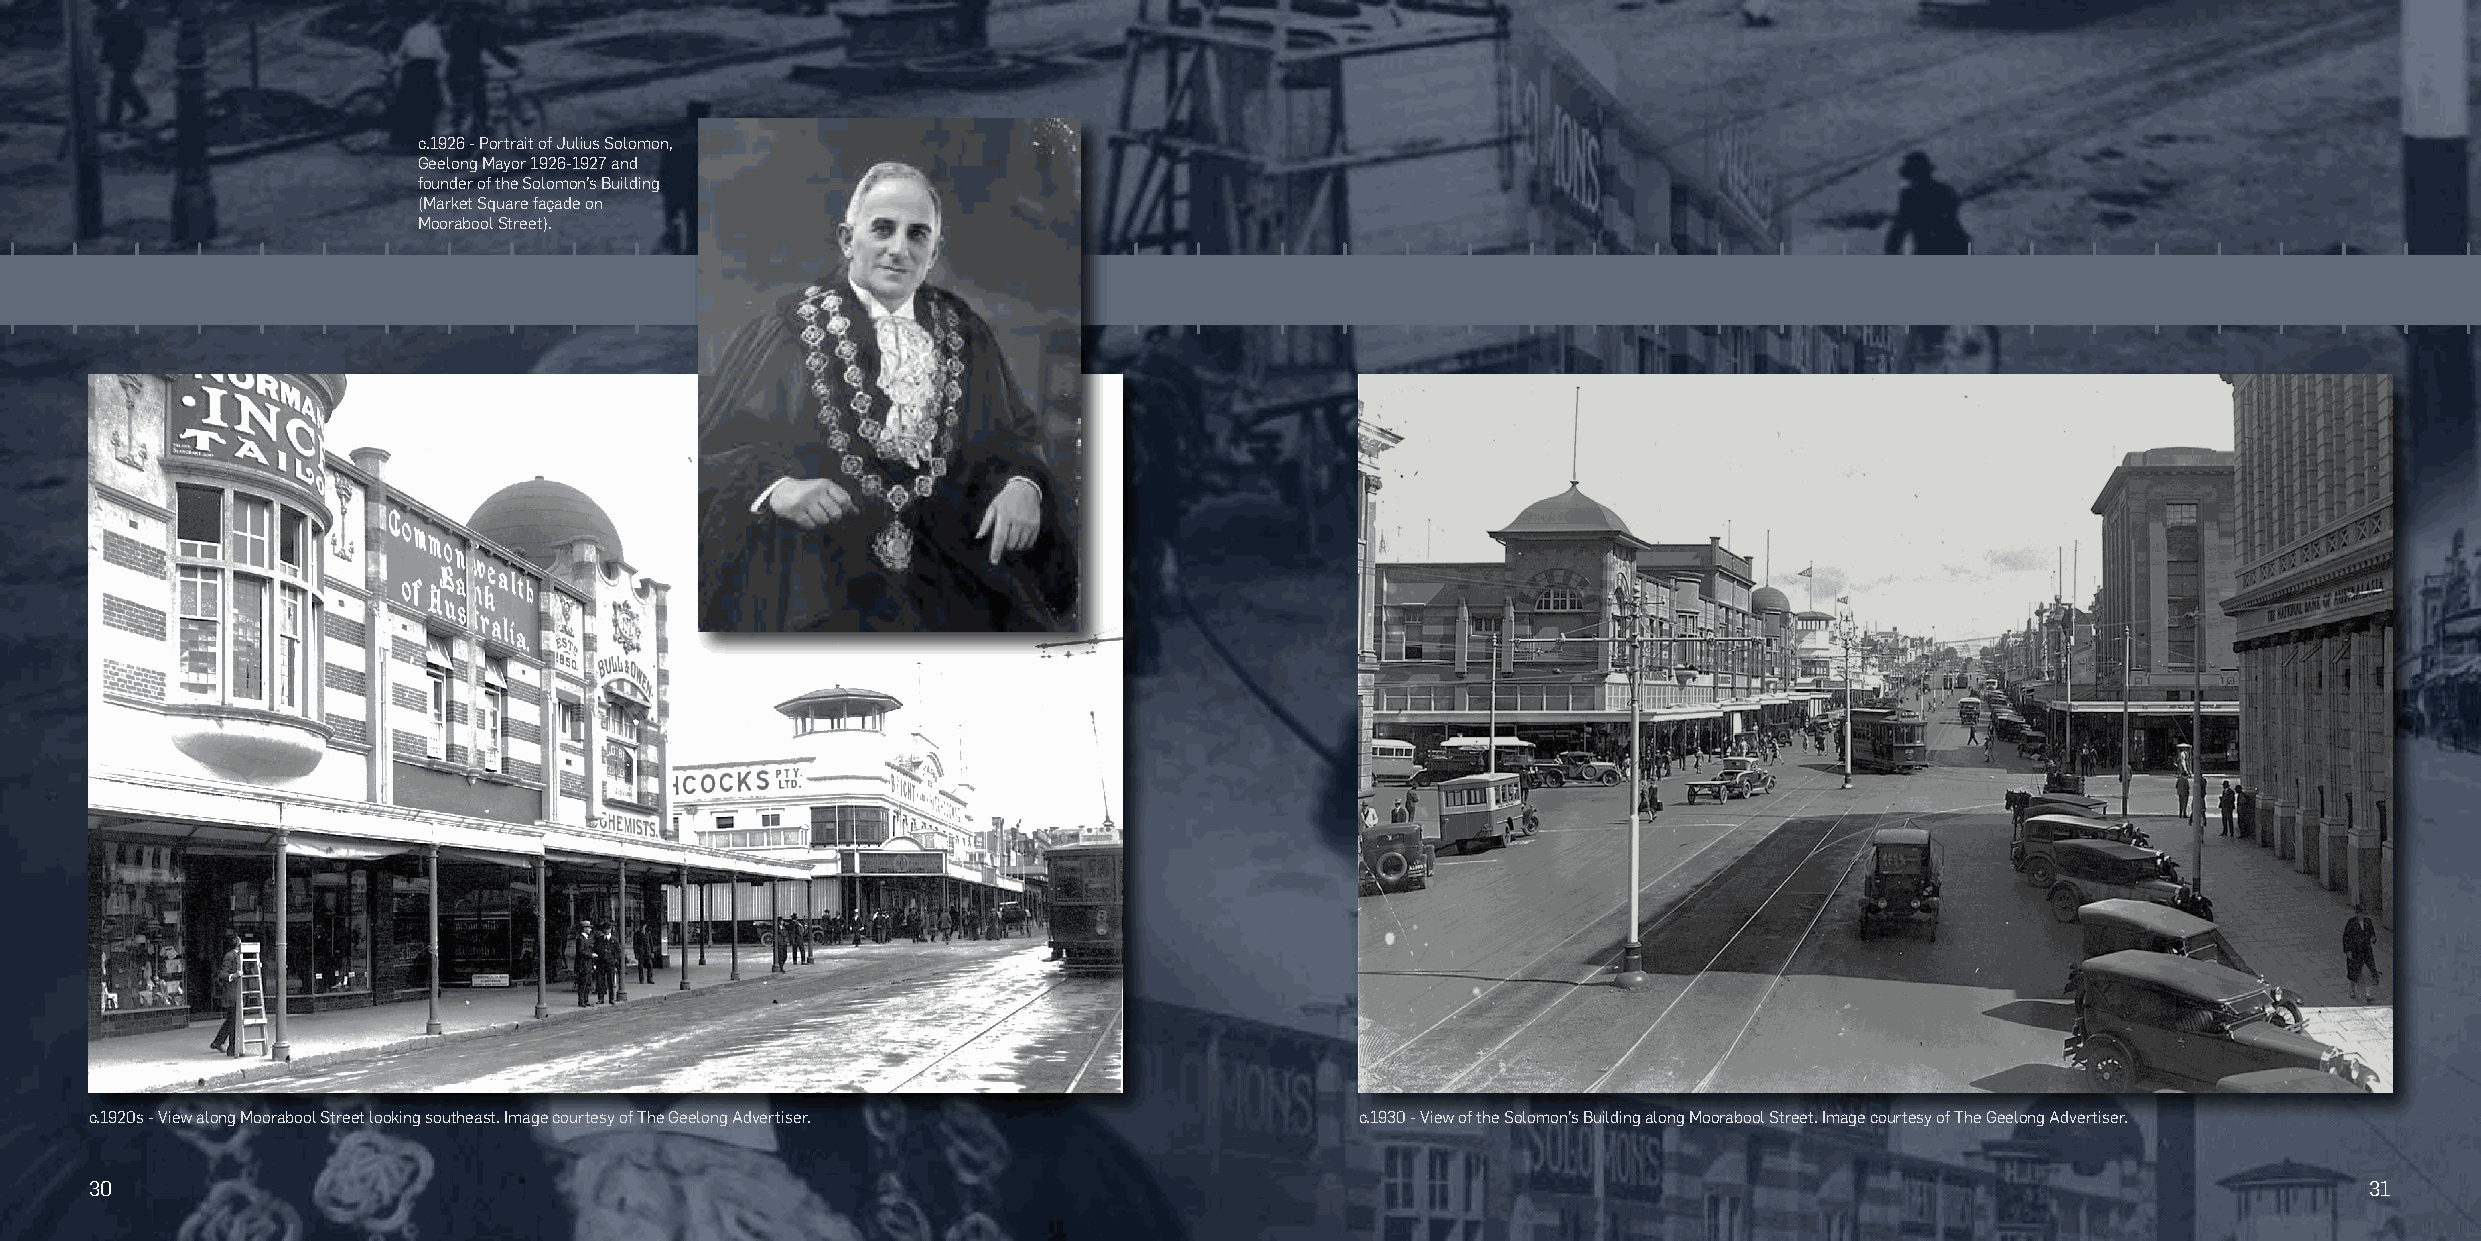
c.1926 - Portrait of Julius Solomon,
 Geelong Mayor 1926-1927 and
 founder of the Solomon’s Building
 (Market Square façade on
 Moorabool Street).
 c.1920s - View along Moorabool Street looking southeast. Image courtesy of The Geelong Advertiser. c.1930 - View of the Solomon’s Building along Moorabool Street. Image courtesy of The Geelong Advertiser.
 30                                                                                                                                                     31